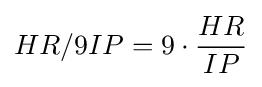
HR/9IP=9\cdot {\frac {HR}{IP}}